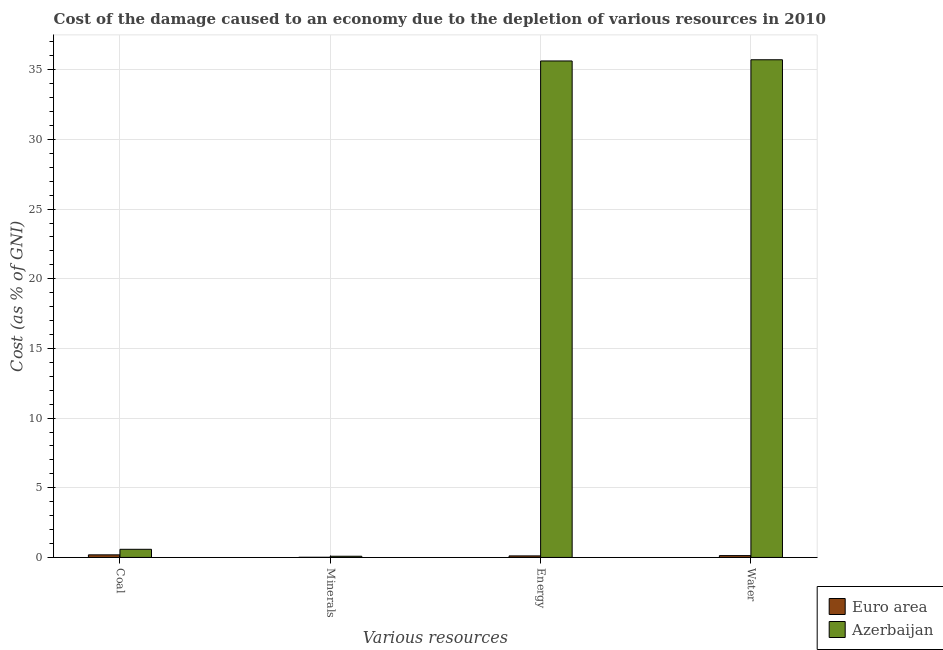
| Various resources | Euro area | Azerbaijan |
 | --- | --- | --- |
 | Coal | 0.185 | 0.583 |
 | Minerals | 0.0112 | 0.0852 |
 | Energy | 0.109 | 35.6 |
 | Water | 0.131 | 35.7 |